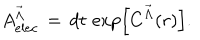
A _ { e l e c } ^ { { \vec { \Lambda } } } \, = \, d t \, \exp \left[ C ^ { { \vec { \Lambda } } } ( r ) \right] .